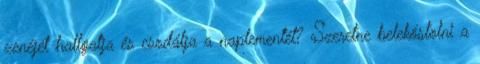
zenéjét hallgatja és csodálja a naplementét? Szeretne belekóstolni a